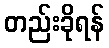
တည်းခိုရန်